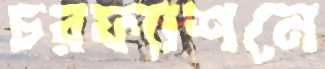
চরফ্যাশনে